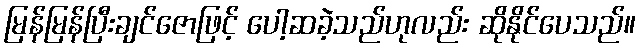
မြန်မြန်ပြီးချင်ဇောဖြင့် ပေါ့ဆခဲ့သည်ဟုလည်း ဆိုနိုင်ပေသည်။